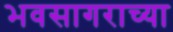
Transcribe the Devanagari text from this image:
भवसागराच्या